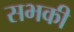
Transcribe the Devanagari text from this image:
सभकी